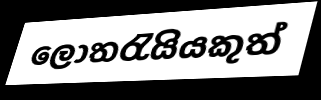
ලොතරැයියකුත්